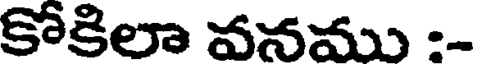
కోకిలా వనము :-